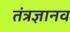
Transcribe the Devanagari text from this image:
तंत्रज्ञानव